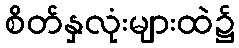
စိတ်နှလုံးများထဲ၌